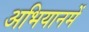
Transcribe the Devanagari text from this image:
अभियानमें